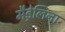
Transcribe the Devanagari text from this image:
मैड्रेलिना